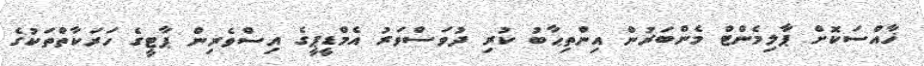
ޚާއްސަކޮށް ޕާލިމެންޓް މެންބަރުން އިންތިޙާބު ކުރި ދުވަސްވަރު އެމްޑީޕީގެ އިސްވެރިން ޕާޓީގެ ހަރަކާތްތަކުގެ